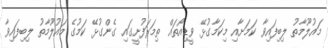
މައުލޫމާތު ލިބިފައިވާ ކަމަށާއި މިކަމާގުޅޭ ވީޑިއޯތައް ތިމަރަފުށީގައި ގެންގުޅޭ ކަމުގެ މައުލޫމާތު ލިބިފައިވާ